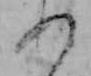
あ